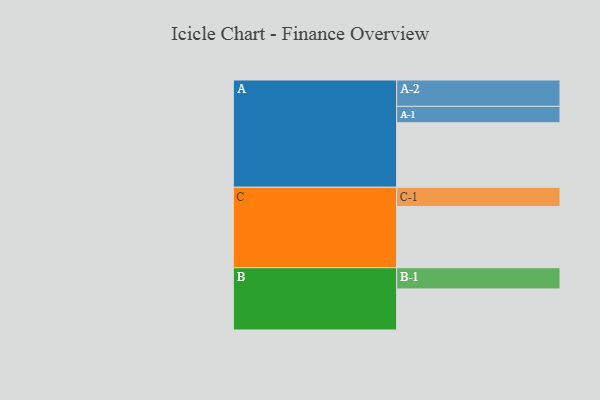
{"axis": {"x": "Segment", "y": "Value"}, "legend": ["", "A", "B", "C"], "data": [{"x": "A", "y": 575, "type": ""}, {"x": "B", "y": 366, "type": ""}, {"x": "C", "y": 546, "type": ""}, {"x": "A-1", "y": 146, "type": "A"}, {"x": "A-2", "y": 235, "type": "A"}, {"x": "B-1", "y": 189, "type": "B"}, {"x": "C-1", "y": 171, "type": "C"}]}